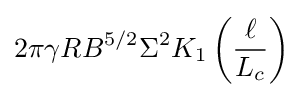
2\pi \gamma RB^{5/2}\Sigma ^{2}K_{1}\left({\frac {\ell }{L_{c}}}\right)